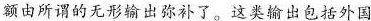
额由所谓的无形输出弥补了。这类输出包括外国